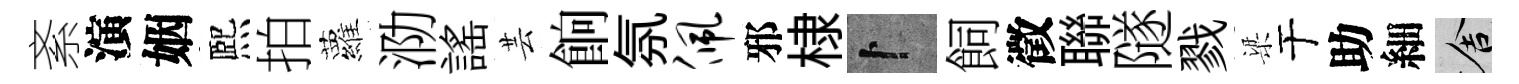
紊演姻熈拍蘿泐謡芸餉氛佩邪棣卜飼徵聯隧戮梁于助細舍